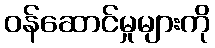
ဝန်ဆောင်မှုများကို